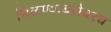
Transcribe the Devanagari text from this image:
मिळण्याबरोबरच